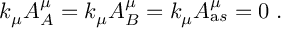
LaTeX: k _ { \mu } { \cal A } _ { A } ^ { \mu } = k _ { \mu } { \cal A } _ { B } ^ { \mu } = k _ { \mu } { \cal A } _ { \mathrm a s } ^ { \mu } = 0 \; .